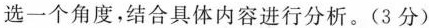
选一个角度，结合具体内容进行分析。(3分)